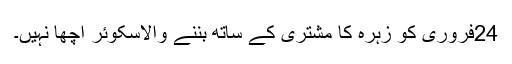
24فروری کو زہرہ کا مشتری کے ساتھ بننے والاسکوئر اچھا نہیں۔